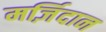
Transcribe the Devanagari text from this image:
मर्ज़िदान